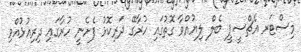
މިސްޓަރ އެޗްސީޕީ ބެލް ލިޔުއްވާ ގޮތުގައި ހުރާގޭ ދަރިކޮޅު ފެށެނީ ހުރާގައި ދިރިއުޅުއްވި